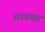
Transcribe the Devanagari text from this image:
सरनगढ